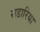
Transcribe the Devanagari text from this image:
राडारिया